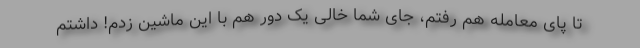
تا پای معامله هم رفتم، جای شما خالی یک دور هم با این ماشین زدم! داشتم